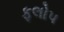
ફલોપ